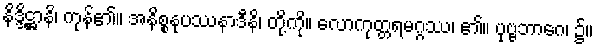
နိဒ္ဒိဋ္ဌာနိ၊ ကုန်၏။ အနိစ္စနုပဿနာဒီနိ၊ တို့ကို။ လောကုတ္တရမဂ္ဂဿ၊ ၏။ ပုဗ္ဗဘာဂေ၊ ၌။